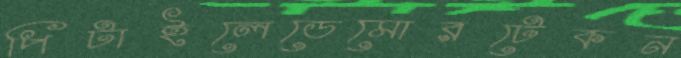
পিটাইলেডেমোরটেকন